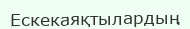
Ескекаяқтылардың